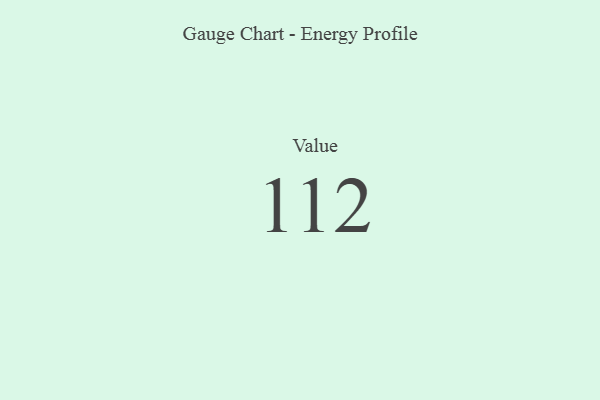
{"axis": {"x": "Metric", "y": "Value"}, "legend": [""], "data": [{"x": "Value", "y": 112, "type": ""}]}